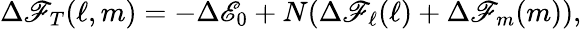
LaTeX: \Delta\mathscr{F}_{T}(\ell,m)=-\Delta\mathscr{E}_{0}+N(\Delta\mathscr{F}_{\ell}(\ell)+\Delta\mathscr{F}_{m}(m)),